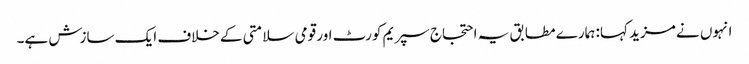
انہوں نے مزید کہا: ہمارے مطابق یہ احتجاج سپریم کورٹ اور قومی سلامتی کے خلاف ایک سازش ہے۔